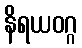
နိရယဝဂ္ဂ